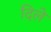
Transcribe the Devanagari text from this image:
दिलेे